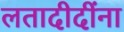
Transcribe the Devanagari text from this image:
लतादीदींना